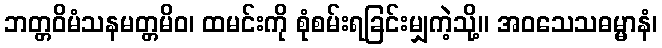
ဘတ္တဝိမံသနမတ္တမိဝ၊ ထမင်းကို စုံစမ်းရခြင်းမျှကဲ့သို့။ အဝသေသဓမ္မာနံ၊